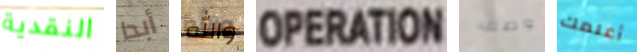
النقدية أبدا والله OPERATION وصف أعلمك